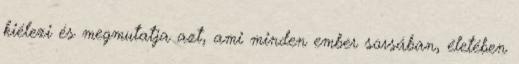
kiélezi és megmutatja azt, ami minden ember sorsában, életében